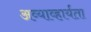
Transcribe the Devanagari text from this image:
अव्याव्हार्यता